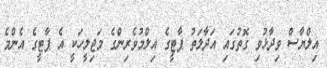
އިލްޔާސް ވިދާޅުވި ގޮތުގައި އަދާލަތު ޕާޓީގެ އިލްމުވެރިންގެ މަޖިލީހަކީ އެ ޕާޓީގެ އެންމެ